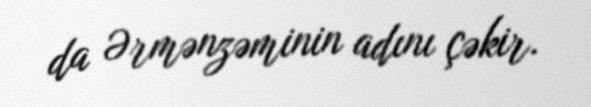
da Ərmənzəminin adını çəkir.